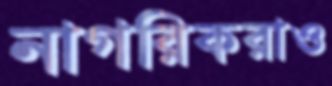
নাগরিকরাও